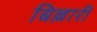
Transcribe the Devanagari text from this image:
बिल्लारी